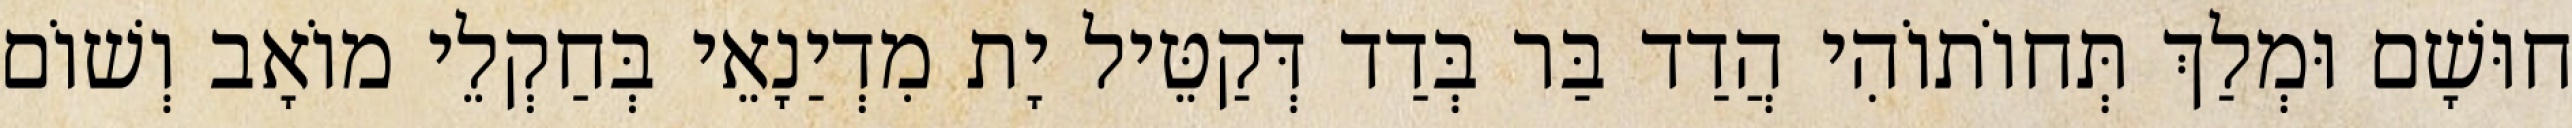
חוּשָׁם וּמְלַךְ תְּחוֹתוֹהִי הֲדַד בַּר בְּדַד דְּקַטֵּיל יָת מִדְיַנָאֵי בְּחַקְלֵי מוֹאָב וְשׁוֹם